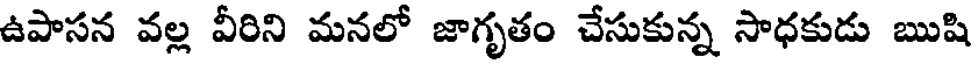
ఉపాసన వల్ల వీరిని మనలో జాగృతం చేసుకున్న సాధకుడు ఋషి